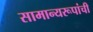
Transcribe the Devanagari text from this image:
सामान्यरूपांची